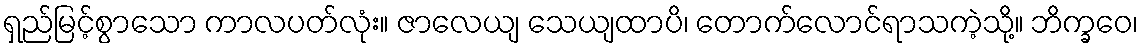
ရှည်မြင့်စွာသော ကာလပတ်လုံး။ ဇာလေယျ သေယျထာပိ၊ တောက်လောင်ရာသကဲ့သို့။ ဘိက္ခဝေ၊